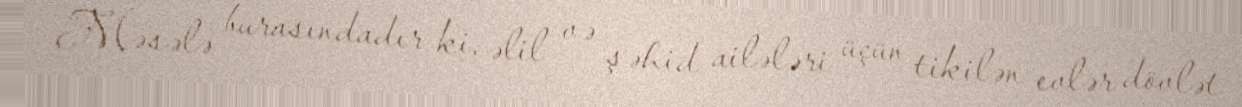
Məsələ burasındadır ki, əlil və şəhid ailələri üçün tikilən evlər dövlət